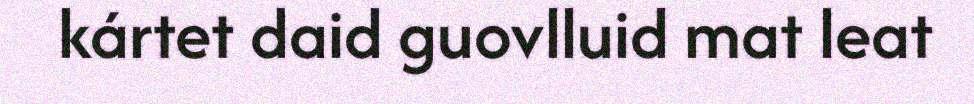
kártet daid guovlluid mat leat